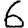
Digit: 6